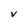
Character: V